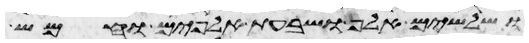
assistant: ושלשים אלף ושבעת אלפים וחמש